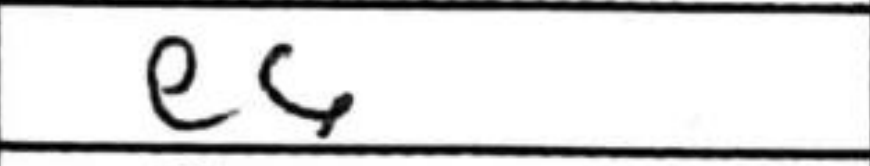
Transcription: e6